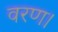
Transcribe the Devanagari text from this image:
वरण।